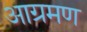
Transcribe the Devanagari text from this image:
आग्रमण